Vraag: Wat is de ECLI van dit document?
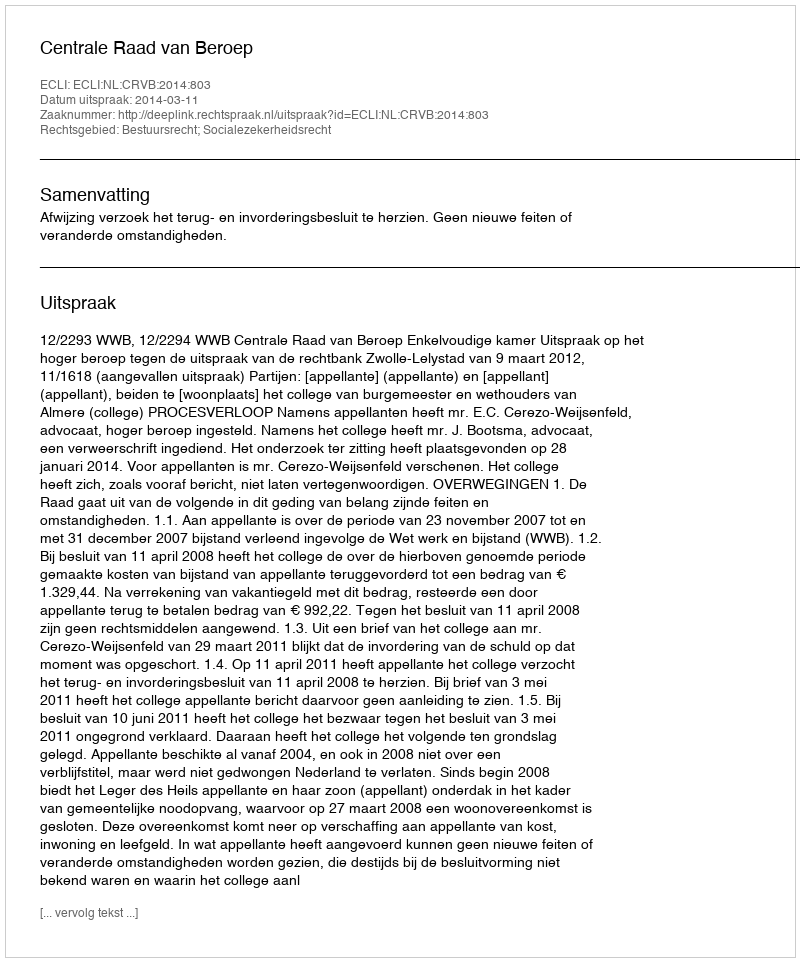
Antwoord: ECLI:NL:CRVB:2014:803